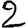
Digit: 2